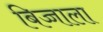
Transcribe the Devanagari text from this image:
बिज्जाला